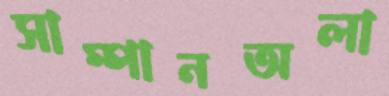
সাম্পানঅলা